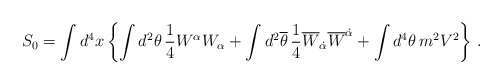
\begin{align*}S_{0} = \int d^{4}x \left\{ \int d^{2}\theta \, \frac{1}{4} W^{\alpha} W_{\alpha} + \int d^{2}{\overline \theta} \, \frac{1}{4} {\overline W}_{\dot \alpha} {\overline W}^{\dot \alpha} + \int d^{4}\theta \, m^{2} V^{2} \right\} \, .\end{align*}